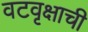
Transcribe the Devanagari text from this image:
वटवृक्षाची